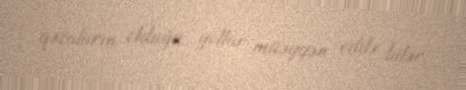
qəzaların olduğu yollar müəyyən edilə bilər.